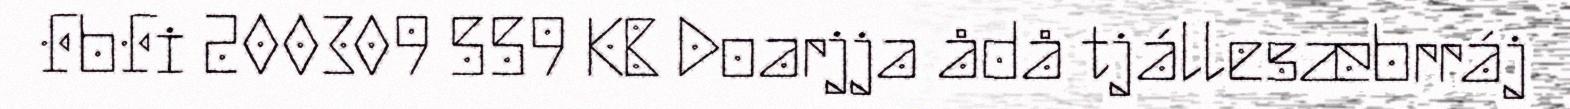
FbFi 200309 559 KB Doarjja ådå tjállesæbrráj